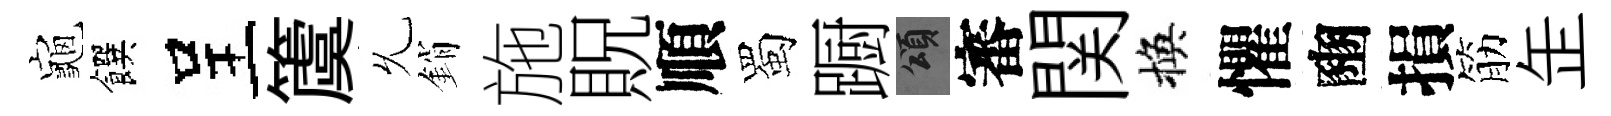
龜饌呈𥵂𠃔銷施貺順蜀蹰頌審関換懼豳損筋𦈢